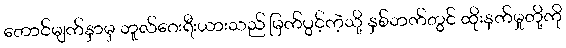
တောင်မျက်နှာမှ ဘူလ်ဂေးရီးယားသည် မြက်ပွင့်ကဲ့သို့ နှစ်ဘက်တွင် ထိုးနှက်မှုတို့ကို